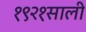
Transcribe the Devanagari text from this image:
१९२१साली